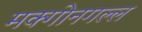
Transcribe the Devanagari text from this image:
मक्गोनगल्ल